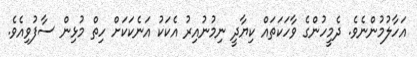
އަހާލުމުންނެވެ. ދެމީހުންގެ ވާހަކަތައް ކިޔާދީ ނިމުނުއިރު އެކަކު އަނެކަކަށް ހިތް މުޅިން ސާފުވިއެވެ.